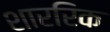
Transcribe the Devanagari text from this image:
शाररिक